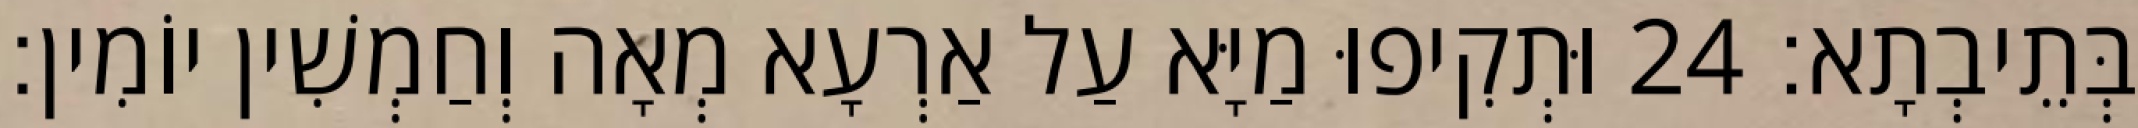
בְּתֵיבְתָא׃ 24 וּתְקִיפוּ מַיָּא עַל אַרְעָא מְאָה וְחַמְשִׁין יוֹמִין׃